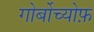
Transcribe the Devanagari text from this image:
गोर्बोच्योफ़